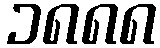
၁၈၈၈